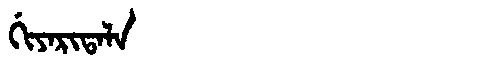
Manchu: ᡤᡳᠶᠠᡵᡳᡨᠠᠯᠠ
Romanization: GIYARITALA